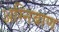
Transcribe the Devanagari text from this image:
अग्‍निबाण